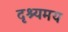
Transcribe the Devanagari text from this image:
दृश्यमय